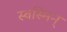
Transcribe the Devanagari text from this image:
स्वस्मिन्